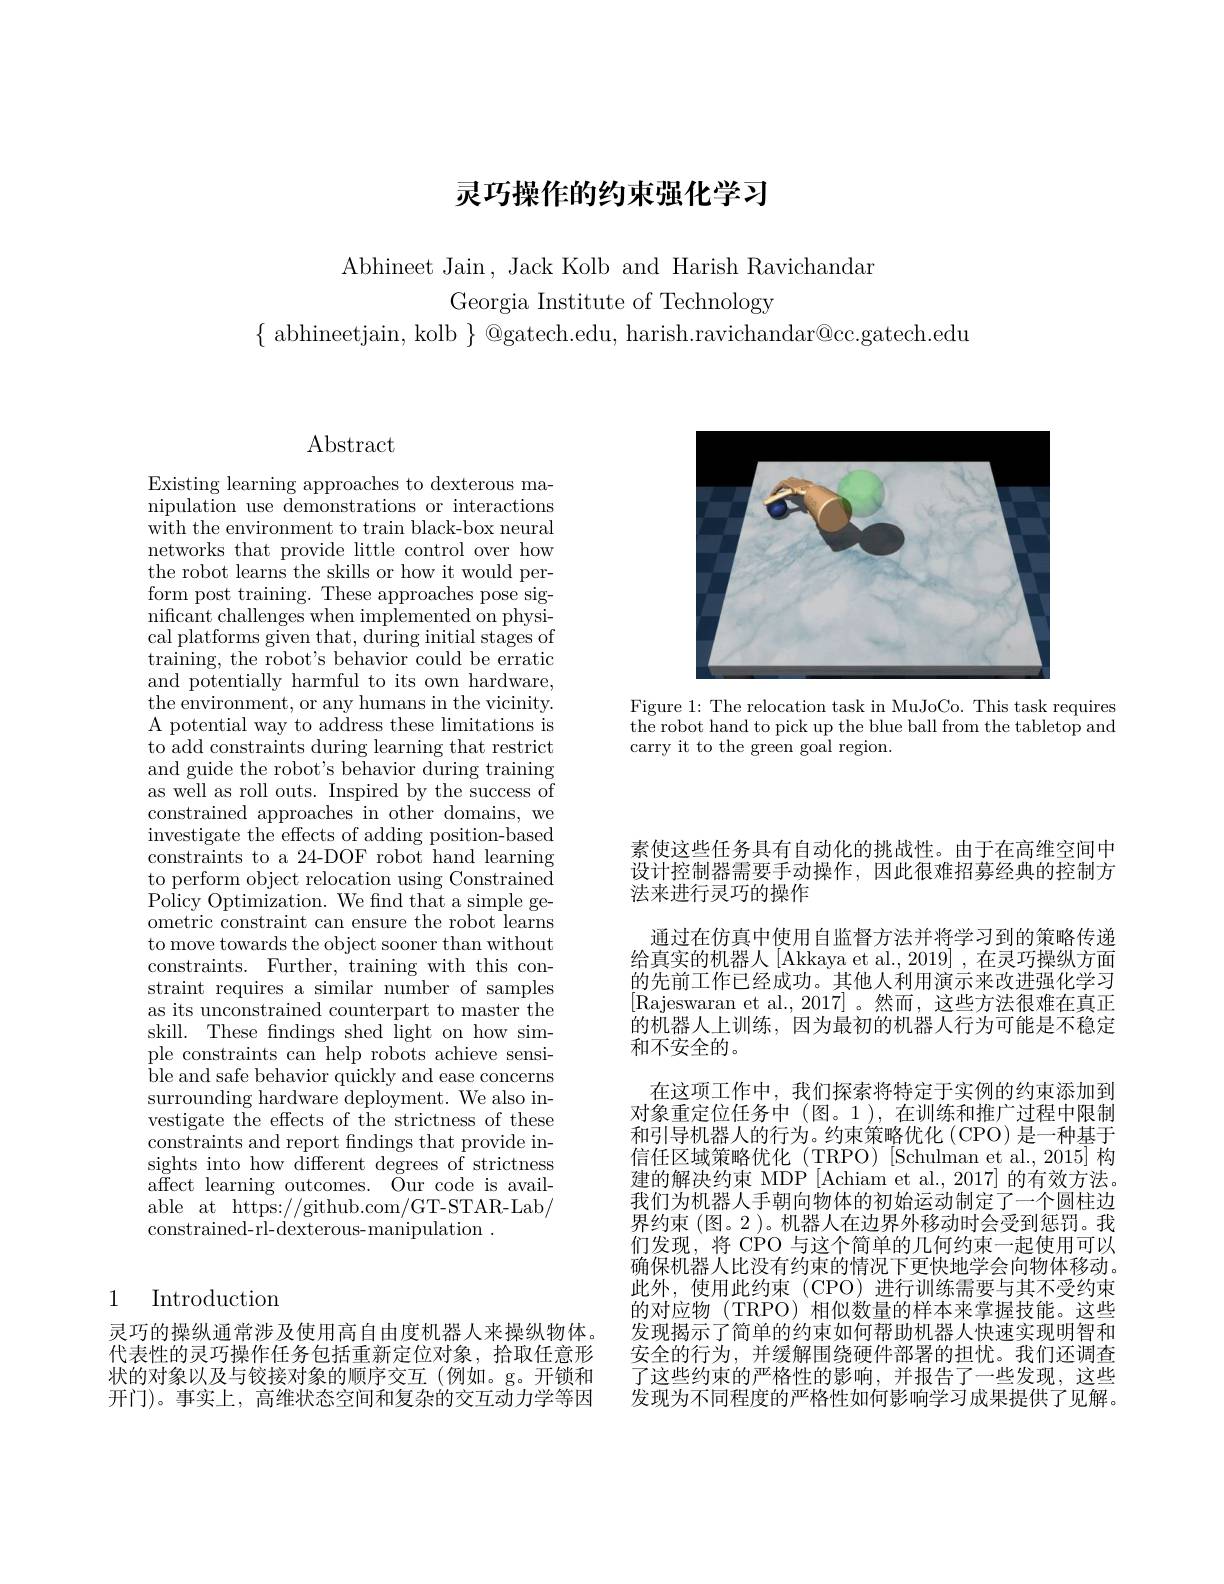
# 灵巧操作的约束强化学习

Abhineet Jain , Jack Kolb and Harish Ravichandar
Georgia Institute of Technology

$\{$ abhineetjain, kolb $\}$ @gatech.edu, harish.ravichandar@cc.gatech.edu

<FigureHere>

Figure 1: The relocation task in MuJoCo. This task requires the robot hand to pick up the blue ball from the tabletop and carry it to the green goal region.

$\operatorname{Abstract}$

Existing learning approaches to dexterous manipulation use demonstrations or interactions with the environment to train black-box neural networks that provide little control over how the robot learns the skills or how it would perform post training. These approaches pose sig- $\hat{\text{nificant challenges when implemented on physi-}}$ cal platforms given that, during initial stages of training, the robot's behavior could be erratic and potentially harmful to its own hardware, the environment, or any humans in the vicinity. A potential way to address these limitations is to add constraints during learning that restrict and guide the robot's behavior during training as well as roll outs. Inspired by the success of constrained approaches in other domains, we investigate the effects of adding position-based constraints to a 24-DOF robot hand learning to perform object relocation using Constrained Policy Optimization. We find that a simple geometric constraint can ensure the robot learns to move towards the object sooner than without constraints. Further, training with this constraint requires a similar number of samples as its unconstrained counterpart to master the skill. These fndings shed light on how simple constraints can help robots achieve sensi- ${\mathrm{ble~and~safe~behavior~quickly~and~ease~concerns}}$ surrounding hardware deployment. We also investigate the effects of the strictness of these constraints and report findings that provide insights into how different degrees of strictness affect learning outcomes. Öur code is available at https://github.com/GT-STAR-Lab/ constrained-rl-dexterous-manipulation .

## 1 Introduction

灵巧的操纵通常涉及使用高自由度机器人来操纵物体。开门)。事实上，高维状态空间和复杂的交互动力学等因

素使这些任务具有自动化的挑战性。由于在高维空间中设计控制器需要手动操作，因此很难招募经典的控制方法来进行灵巧的操作
通过在仿真中使用自监督方法并将学习到的策略传递给真实的机器人[Akkaya et al., 2019] , 在灵巧操纵方面的先前工作已经成功。其他人利用演示来改进强化学习[Rajeswaran et al.,2017]。然而，这些方法很难在真正的机器人上训练，因为最初的机器人行为可能是不稳定和不安全的。
在这项工作中，我们探索将特定于实例的约束添加到对象重定位任务中(图。1),在训练和推广过程中限制和引导机器人的行为。约束策略优化 (CPO) 是一种基于信任区域策略优化(TRPO)[Schulman et al.,2015] 构建的解决约束 MDP [Achiam et al.,2017] 的有效方法。我们为机器人手朝向物体的初始运动制定了一个圆柱边界约束 (图。2 )。机器人在边界外移动时会受到惩罚。我们发现，将 CPO 与这个简单的几何约束一起使用可以确保机器人比没有约束的情况下更快地学会向物体移动。此外，使用此约束(CPO)进行训练需要与其不受约束的对应物 (TRPO) 相似数量的样本来掌握技能。这些发现揭示了简单的约束如何帮助机器人快速实现明智和
代表性的灵巧操作任务包括重新定位对象，拾取任意形 安全的行为，并缓解围绕硬件部署的担忧。我们还调查状的对象以及与铰接对象的顺序交互(例如。g。开锁和 了这些约束的严格性的影响，并报告了一些发现，这些
发现为不同程度的严格性如何影响学习成果提供了见解。